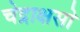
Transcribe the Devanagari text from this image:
चेद्राक्षसो